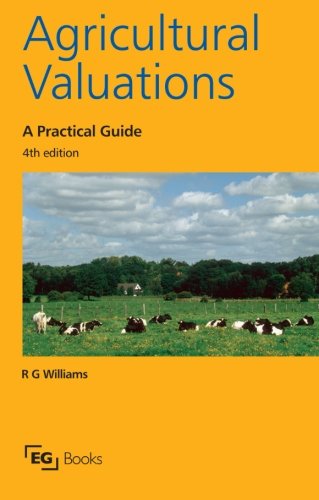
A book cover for Agricultural Valuations; R.G. Williams; Law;